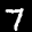
Label: 7